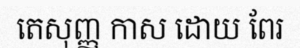
តេសុញ្ញ កាស ដោយ ពែរ